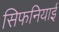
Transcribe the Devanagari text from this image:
सिफनियाई